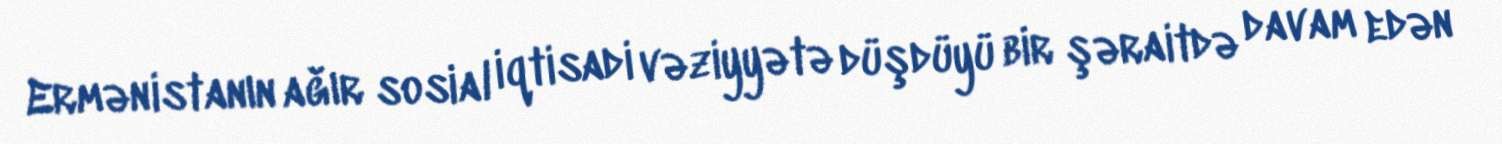
Ermənistanın ağır sosial iqtisadi vəziyyətə düşdüyü bir şəraitdə davam edən